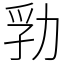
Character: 㔜